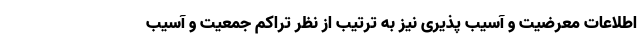
اطلاعات معرضیت و آسیب پذیری نیز به ترتیب از نظر تراکم جمعیت و آسیب